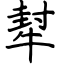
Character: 犎